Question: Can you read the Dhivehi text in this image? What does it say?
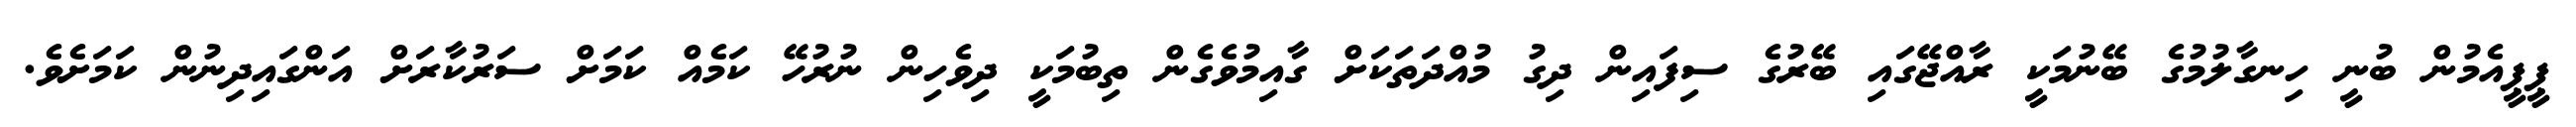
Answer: ޕީޕީއެމުން ބުނީ ހިނގާލުމުގެ ބޭނުމަކީ ރާއްޖޭގައި ބޭރުގެ ސިފައިން ދިގު މުއްދަތަކަށް ގާއިމުވެގެން ތިބުމަކީ ދިވެހިން ނުރުހޭ ކަމެއް ކަމަށް ސަރުކާރަށް އަންގައިދިނުން ކަމަށެވެ.